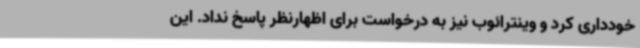
خودداری کرد و وینترائوب نیز به درخواست برای اظهارنظر پاسخ نداد. این